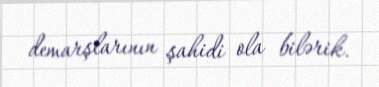
demarşlarının şahidi ola bilərik.